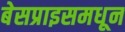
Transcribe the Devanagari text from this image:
बेसप्राइसमधून